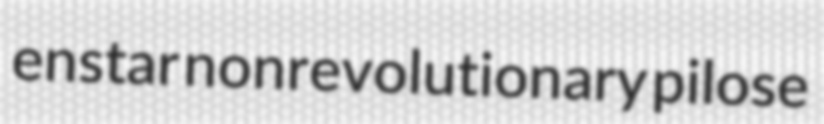
enstar nonrevolutionary pilose